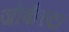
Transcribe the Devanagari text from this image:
जोकॅस्टा